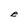
Character: E